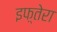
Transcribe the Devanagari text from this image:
इफ़्तेरा